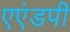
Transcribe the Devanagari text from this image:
एएंडपी